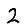
Digit: 2